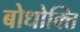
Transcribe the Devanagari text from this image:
बोधोक्ति